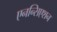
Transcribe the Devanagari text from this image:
एनन्सिएशन